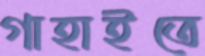
গাহাইতে